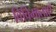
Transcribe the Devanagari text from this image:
विविमाताएँ